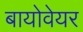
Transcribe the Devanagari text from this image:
बायोवेयर